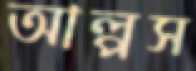
আল্পস